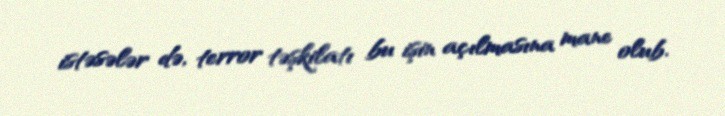
istəsələr də, terror təşkilatı bu işin açılmasına mane olub.